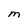
Character: m